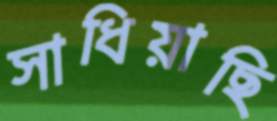
সাধিয়াছি